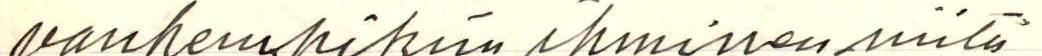
vanhempikim ihminen niitä